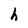
Character: h